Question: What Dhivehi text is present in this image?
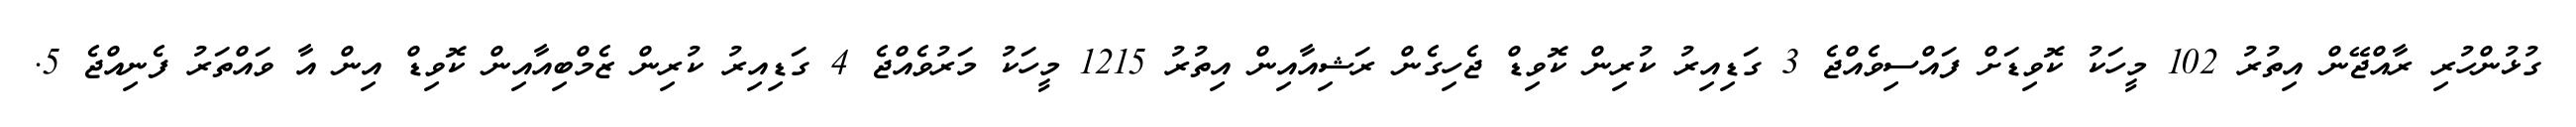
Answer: ގުޅުންހުރި ރާއްޖޭން އިތުރު 102 މީހަކު ކޮވިޑަށް ފައްސިވެއްޖެ 3 ގަޑިއިރު ކުރިން ކޮވިޑް ޖެހިގެން ރަޝިއާއިން އިތުރު 1215 މީހަކު މަރުވެއްޖެ 4 ގަޑިއިރު ކުރިން ޒެމްބިއާއިން ކޮވިޑް އިން އާ ވައްތަރު ފެނިއްޖެ 5.